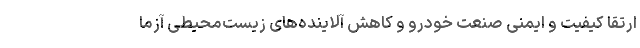
ارتقا کیفیت و ایمنی صنعت خودرو و کاهش آلاینده‌های زیست‌محیطی آزما